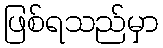
ဖြစ်ရသည်မှာ